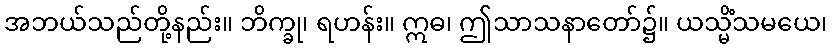
အဘယ်သည်တို့နည်း။ ဘိက္ခု၊ ရဟန်း။ ဣဓ၊ ဤသာသနာတော်၌။ ယသ္မိံသမယေ၊